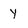
Character: y